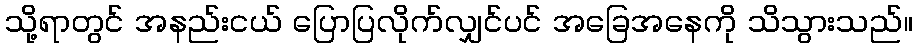
သို့ရာတွင် အနည်းငယ် ပြောပြလိုက်လျှင်ပင် အခြေအနေကို သိသွားသည်။